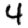
Digit: 4